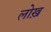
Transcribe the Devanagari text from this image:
लोख़